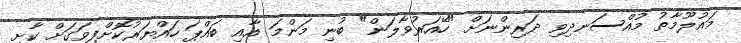
މައުލޫމާތު މުއްސަނދިވި ދަރިންނަށް "ހޭއަރުވާލަން" ބުނި މަންމަ އާއި ބައްޕަ ހައްޔަރުކޮށްފިވަގަށް ކާށި